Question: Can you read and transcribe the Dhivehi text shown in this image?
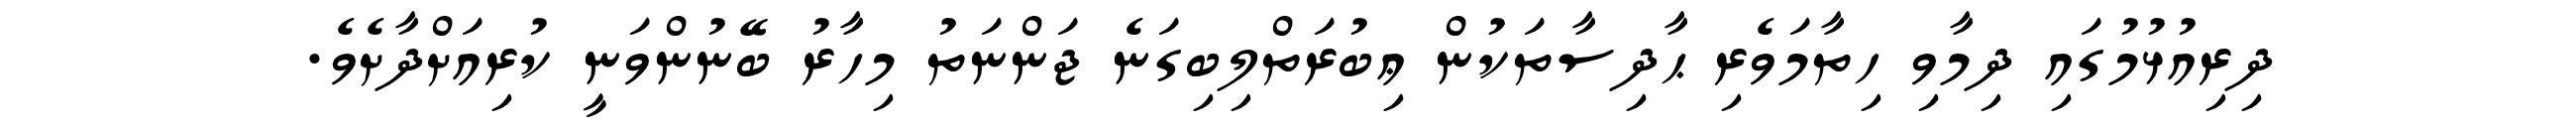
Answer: ދިރިއުޅުމުގައި ދިމާވި ހިތާމަވެރި ޙާދިސާތަކުން ޢިބުރަތްލިބިގަނެ ޖަންނަތު މިހާރު ބޭނުންވަނީ ކުރިއަށްދާށެވެ.